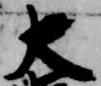
大